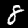
Digit: 8